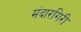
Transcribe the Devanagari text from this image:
मंदारगिरी